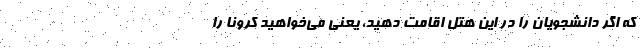
که اگر دانشجویان را در این هتل اقامت دهید، یعنی می‌خواهید کرونا را